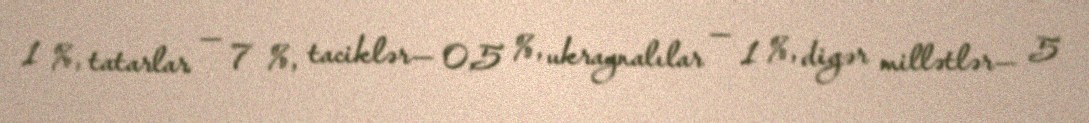
1 %, tatarlar — 7 %, taciklər— 0,5 %, ukraynalılar — 1 %, digər millətlər— 5